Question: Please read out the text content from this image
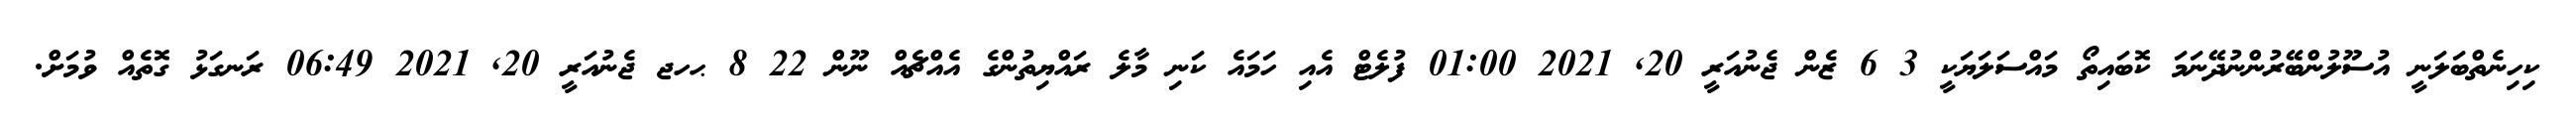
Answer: ކިހިނެތްބަލަނީ އުސޫލުންބޭރުންނުދޭނަމަ ކޮބައިތޯ މައްސަލަޔަކީ 3 6 ޒެން ޖެނުއަރީ 20, 2021 01:00 ފުލެޓް އެއި ހަމައެ ކަނި މާލެ ރައްޔިތުންގެ އެއްޗެއް ނޫން 22 8 ޙހޖ ޖެނުއަރީ 20, 2021 06:49 ރަނގަޅު ގޮތެއް ވުމަށް.